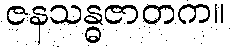
ဇနသန္ဓဇာတက။